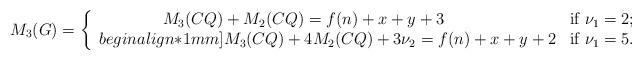
LaTeX: \begin{align*}M_3(G) = \left\{\begin{array}{cc}M_3(CQ) + M_2(CQ) = f(n)+x+y+3\phantom{nullnu} &\mbox{if $\nu_1 = 2$;}\\begin{align*}1mm]M_3(CQ) +4M_2(CQ) + 3\nu_2 = f(n)+x+y+2 &\mbox{if $\nu_1 = 5$}.\end{array}\right.\end{align*}